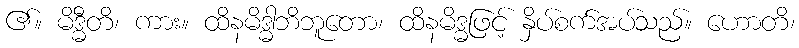
၏။ မိဒ္ဓီတိ၊ ကား။ ထိနမိဒ္ဓါဘိဘူတော၊ ထိနမိဒ္ဓဖြင့် နှိပ်စက်အပ်သည်။ ဟောတိ၊